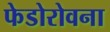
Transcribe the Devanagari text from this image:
फेडोरोवना